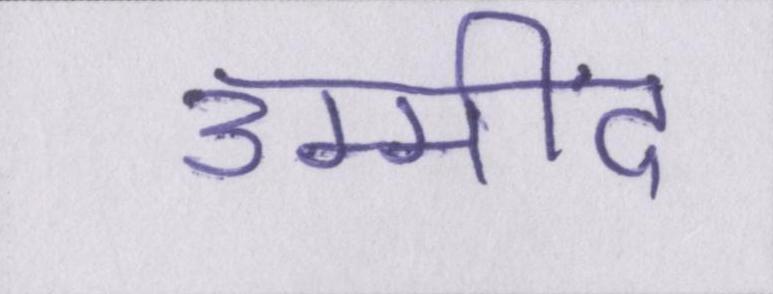
उम्मींद